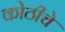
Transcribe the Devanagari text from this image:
कोठीचे